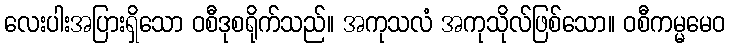
လေးပါးအပြားရှိသော ဝစီဒုစရိုက်သည်။ အကုသလံ အကုသိုလ်ဖြစ်သော။ ဝစီကမ္မမေဝ